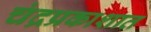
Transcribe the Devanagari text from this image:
चंद्रप्रकाशात